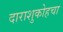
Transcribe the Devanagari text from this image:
दाराशुकोहचा